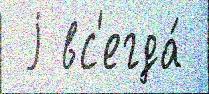
 j вс'егда́